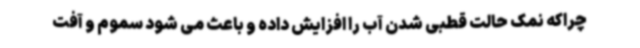
چراکه نمک حالت قطبی شدن آب را افزایش داده و باعث می شود سموم و آفت